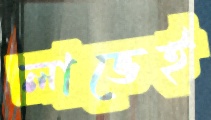
লাভেই